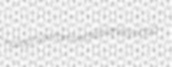
holophyte ramverse blithely oooo